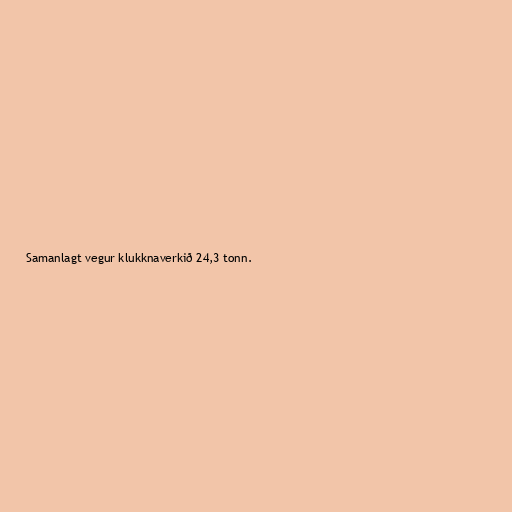
Samanlagt vegur klukknaverkið 24,3 tonn.